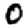
Digit: 0